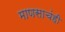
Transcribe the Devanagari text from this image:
माणसाचंही